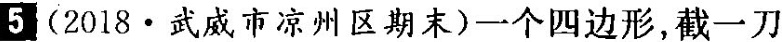
5 (2018·武威市凉州区期末)一个四边形，截一刀